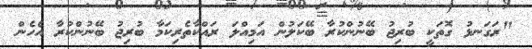
"ރަގަނޅު ގޮތަކީ ބުރިޖު ބޭނުންކުރާ ބޭކަލުން އަމިއްލަ ރައްކާތެރިކަމާ ބުރިޖު ބޭނުންކުރާ އެހެން